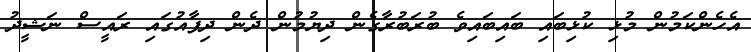
އެހެންކަމުން މުޅި ކުޅިބައި ބައިބައިވެ ބުރަބުރާގެން ދިޔުމުން ދެން ދިފާއުގައި ރައީސް ނަޝީދު